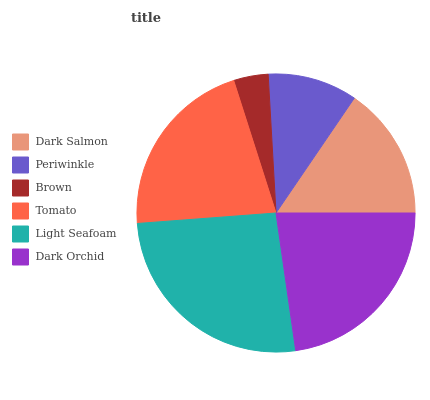
| Dark Salmon | Periwinkle | Brown | Tomato | Light Seafoam | Dark Orchid |
 | --- | --- | --- | --- | --- | --- |
 | 15.5% | 10.4% | 4.02% | 21.3% | 26.1% | 22.7% |